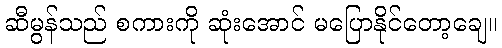
ဆီမွန်သည် စကားကို ဆုံးအောင် မပြောနိုင်တော့ချေ။